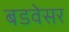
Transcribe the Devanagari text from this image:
बडवेसर